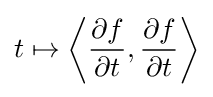
t\mapsto \left\langle {\frac {\partial f}{\partial t}},{\frac {\partial f}{\partial t}}\right\rangle